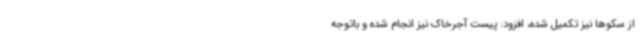
از سکوها نیز تکمیل شده، افزود: پیست آجرخاک نیز انجام شده و باتوجه